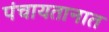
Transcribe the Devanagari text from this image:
पंचायतानात